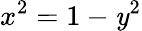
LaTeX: x^{2}=1-\mathit{y}^{2}